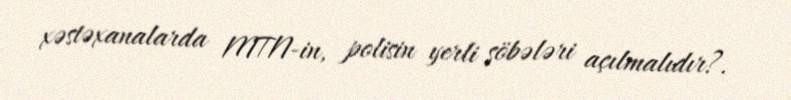
xəstəxanalarda MTN-in, polisin yerli şöbələri açılmalıdır?.